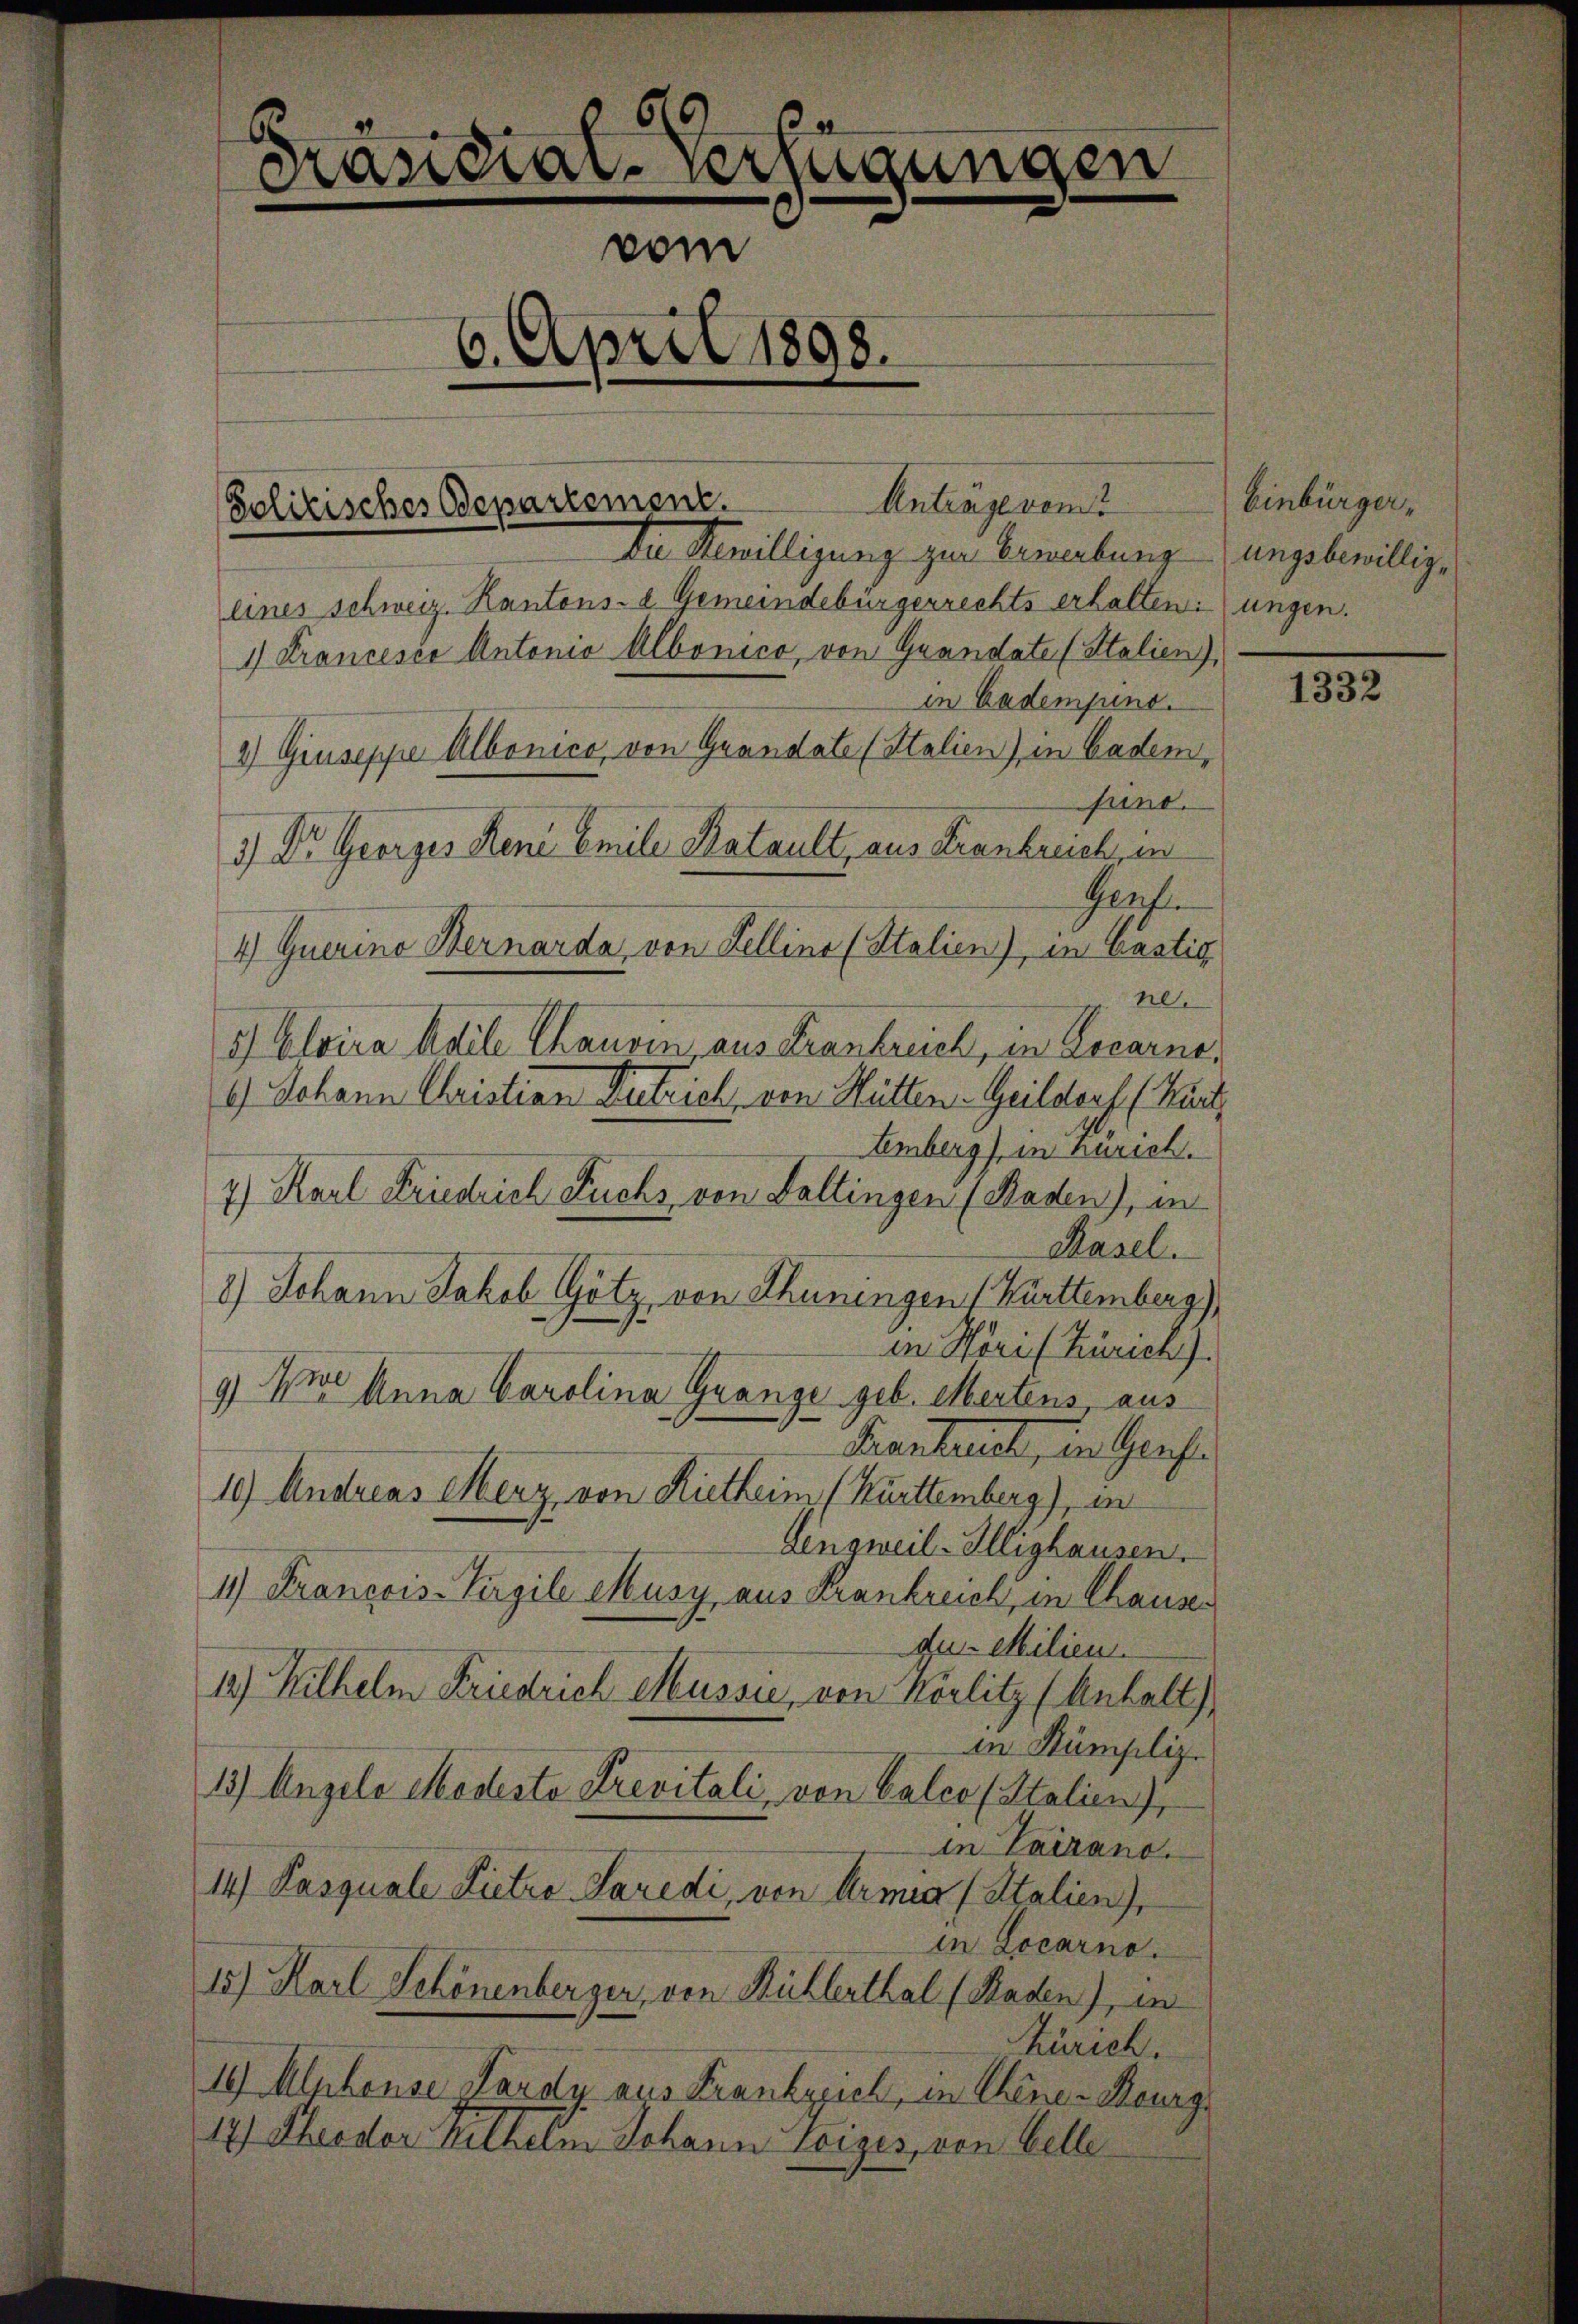
Die Bewilligung zur Erwerbungungsbewilligeines schweiz. Kantons- & Gemeindebürgerrechts erhalten. ungen.
1) Francesca Antonio Albonico, von Grandate (Stalien),
in Bademjund.
2) Giuseppe Albonico, von Grandate (Stalien) in Badem
sund.
3) Dr. Georges René Emile Katault, aus Frankreich, in
Genf.
4) Guerino Bernarda, von Fellino (Italien), in Cästig
ne.
5) Eloira Adile Chauvin aus Frankreich, in Locarno,
9) Johann Christian Zutrich, von Hütten-Geildorf (Bart
Lemberg) in Zürich.
1) Karl Friedrich Fuchs von Baltingen (Raden), in
Rasel.
8.) Johann Jakob Götz, von Thuningen (Bürttemberg),
in Höri (Zürich)
9) Wir Anna Carolina Grange geb. Mertens aus
Kuantural, in Gesch
10.) Andreas Merz von Rietheim (Kürttemberg), in
Lingweil-Illighausen.
11) Francois-Virgile Musy aus Krankreich in Chauser
du. Milien.
12.) Wilhelm Friedrich Musse, von Wörlitz (Anhalt)
in Kumpliz.
13) Angelo Modesto Trevitali, von Valco (Stalien),
in Tarzano.
14) Pasquale Pietro Paredi, von Armia (Stalien),
in Locarno.
15) Karl Schönenberger, von Kühlerthal (Raden), in
Zürich.
I9) Alshause Lardy aus Frankspich, in Chine-Reurg¬
12) Theodor Wilhelm Johann seiges von Velle

89
Präsidial-Verfügungen
vom
6. April 1898.

Politisches Departement.

Anträgeremt

Einbürger¬

1332